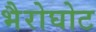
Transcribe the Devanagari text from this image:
भैरोघोट